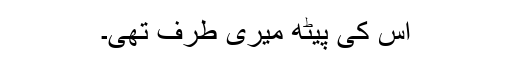
اس کی پیٹھ میری طرف تھی۔